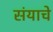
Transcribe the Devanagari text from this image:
संयाचे